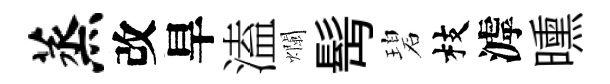
蒸改旱溘爛髩碧枝滹曛